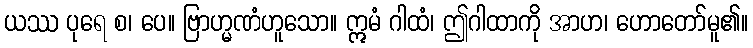
ယဿ ပုရေ စ၊ ပေ။ ဗြာဟ္မဏံဟူသော။ ဣမံ ဂါထံ၊ ဤဂါထာကို အာဟ၊ ဟောတော်မူ၏။